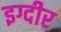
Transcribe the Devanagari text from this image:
इग्दीर